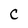
Character: C